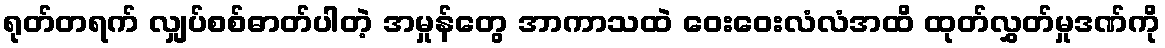
ရုတ်တရက် လျှပ်စစ်ဓာတ်ပါတဲ့ အမှုန်တွေ အာကာသထဲ ဝေးဝေးလံလံအထိ ထုတ်လွှတ်မှုဒဏ်ကို